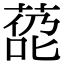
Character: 㗡